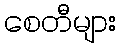
စေတီများ